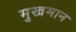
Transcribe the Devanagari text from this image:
मुखमान